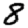
Digit: 8